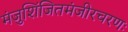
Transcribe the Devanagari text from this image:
मंजुशिंजितमंजीरचरणः